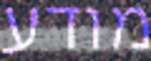
מודע